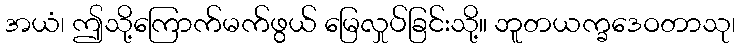
အယံ၊ ဤသို့ကြောက်မက်ဖွယ် မြေလှုပ်ခြင်းသို့။ ဘူတယက္ခဒေဝတာသု၊